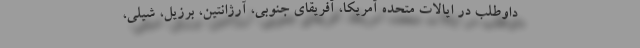
داوطلب در ایالات متحده آمریکا، آفریقای جنوبی، آرژانتین، برزیل، شیلی،